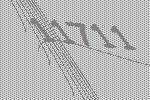
11711